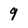
Character: 9